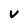
Character: v